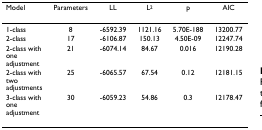
<table><thead><tr><td><b>Model</b></td><td><b>Parameters</b></td><td><b>LL</b></td><td><b>L<sup>2</sup></b></td><td><b>p</b></td><td><b>AIC</b></td></tr></thead><tbody><tr><td>1-class</td><td>8</td><td>-6592.39</td><td>1121.16</td><td>5.70E-188</td><td>13200.77</td></tr><tr><td>2-class</td><td>17</td><td>-6106.87</td><td>150.13</td><td>4.50E-09</td><td>12247.74</td></tr><tr><td>2-class with one adjustment</td><td>21</td><td>-6074.14</td><td>84.67</td><td>0.016</td><td>12190.28</td></tr><tr><td>2-class with two adjustments</td><td>25</td><td>-6065.57</td><td>67.54</td><td>0.12</td><td>12181.15</td></tr><tr><td>3-class with one adjustment</td><td>30</td><td>-6059.23</td><td>54.86</td><td>0.3</td><td>12178.47</td></tr></tbody></table>